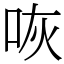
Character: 咴